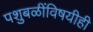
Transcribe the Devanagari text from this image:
पशुबळींविषयीही